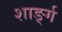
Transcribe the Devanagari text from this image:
शार्ङ्‍ग